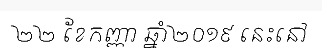
២២ ខែកញ្ញា ឆ្នាំ២០១៩ នេះនៅ